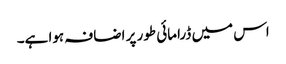
اس میں ڈرامائی طور پر اضافہ ہوا ہے۔